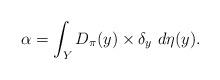
LaTeX: \begin{align*}\alpha = \int_{Y} D_{\pi}(y) \times \delta_{y}~d\eta(y).\end{align*}